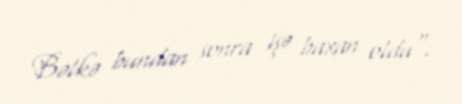
Bəlkə bundan sonra işə baxan oldu".